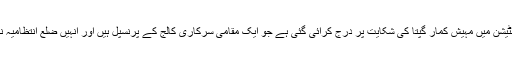
مدکورہ ایف ائی آر رام پور کے شاہ آباد پولیس اسٹیشن میں مہیش کمار گپتا کی شکایت پر درج کرائی گئی ہے جو ایک مقامی سرکاری کالج کے پرنسپل ہیں اور انہیں ضلع انتظامیہ نے الیکشن فلائنگ اسکوڈ کا انچارج مقرر کیاہے۔